Report of the Indian Hemp Drugs Commission, 1894-1895 - Volume VII
Year: 1894
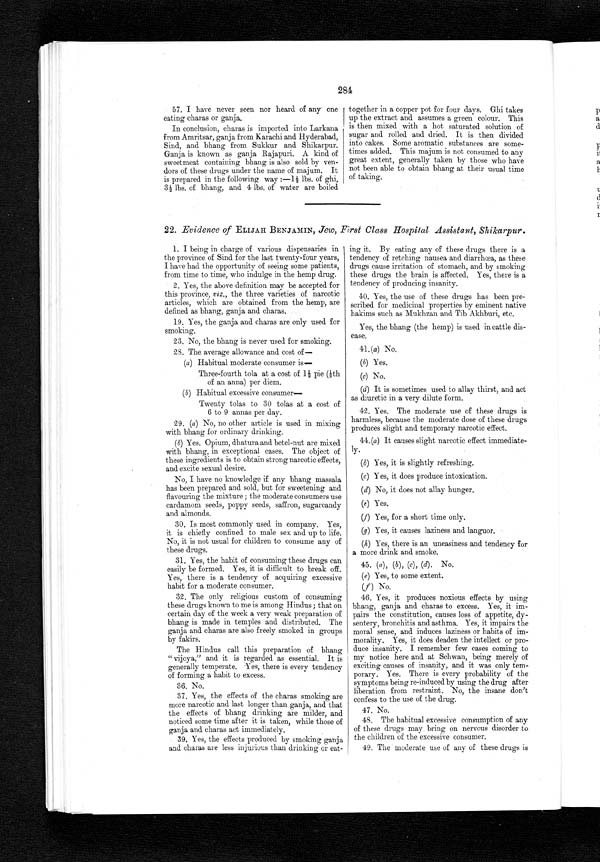
284
57. I have never seen nor heard of any' one
eating charas or ganja.
In conclusion, charas is imported into Larkana
from Amritsar, ganja from Karachi and Hyderabad,
Sind, and bhang from Sukkur and Shikarpur.
Ganja is known as ganja Rajapuri. A kind of
sweetmeat containing bhang is also sold by ven-
dors of these drugs under the name of majum. It
is prepared in the following way :—1½ lbs. of ghi,
3½ lbs. of bhang, and 4 lbs. of water are boiled
together in a copper pot for four days. Ghi takes
up the extract and assumes a green colour. This
is then mixed with a hot saturated solution of
sugar and rolled and dried. It is then divided
into cakes. Some aromatic substances are some-
times added. This majum is not consumed to any
great extent, generally taken by those who have
not been able to obtain bhang at their usual time
of taking.
22 . Evidence of ELIJAH BENJAMIN , Jew, First Class Hospital Assistant, Shikarpur.
1. I being in charge of various dispensaries in
the province of Sind for the last twenty-four years,
I have had the opportunity of seeing some patients,
from time to time, who indulge in the hemp drug.
2. Yes, the above definition may be accepted for
this province, viz., the three varieties of narcotic
articles, which are obtained from the hemp, are
defined as bhang, ganja and charas.
19. Yes, the ganja and charas are only used for
smoking.
23. No, the bhang is never used for smoking.
28. The average allowance and cost of
—
(a)Habitual moderate consumer is—
Three-fourth tola at a cost of 1 ½ pie (⅛th
of an anna) per diem.
(b) Habitual excessive consumer—
Twenty tolas to 30 tolas at a cost of
6 to 9 annas per day.
29. (a) No, no other article is used in mixing
with bhang for ordinary drinking.
( b) Yes. Opium, dhatura and betel-nut are mixed
with bhang in exceptional cases. The object of
these ingredients is to obtain strong narcotic effects,
and excite sexual desire.
No, I have no knowledge if any bhang massala
has been prepared and sold, but for sweetening and
flavouring the mixture; the moderate consumers use
cardamom seeds, poppy seeds, saffron, sugarcandy
and almonds.
30. Is most commonly used in company. Yes,
it is chiefly confined to male sex and up to life.
No, it is not usual for children to consume any of
these drugs.
31. Yes, the habit of consuming these drugs can
easily be formed. Yes, it is difficult to break off.
Yes, there is a tendency of acquiring excessive
habit for a moderate consumer.
32. The only religious custom of consuming
these drugs known to me is among Hindus; that on
certain day of the week a very weak preparation of
bhang is made in temples and distributed. The
ganja and charas are also freely smoked in groups
by fakirs.
The Hindus call this preparation of bhang
" vijoya," and it is regarded as essential. It is
generally temperate. Yes, there is every tendency
of forming a habit to excess.
36. No.
37. Yes, the effects of the charas smoking are
more narcotic and last longer than ganja, and that
the effects of bhang drinking are milder, and
noticed some time after it is taken, while those of
ganja and charas act immediately.
. 39. Yes, the effects produced by smoking ganja
and charas are less injurious than drinking or eat-
ing it. By eating any of these drugs there is a
tendency of retching nausea and diarrhœa, as these
drugs cause irritation of stomach, and by smoking
these drugs the brain is affected. Yes, there is a
tendency of producing insanity.
40. Yes, the use of these drugs has been pre-
scribed for medicinal properties by eminent native
hakims such as Mukhzan and Tib Akhburi, etc.
Yes, the bhang (the hemp) is used in cattle dis-
ease.
41.(a) No.
(b) Yes.
(c) No.
(d) It is sometimes used to allay thirst, and act
as diuretic in a very dilute form.
42. Yes. The moderate use of these drugs is
harmless, because the moderate dose of these drugs
produces slight and temporary narcotic effect.
44. (a) It causes slight narcotic effect immediate
-ly.
(b) Yes, it is slightly refreshing
.
(c) Yes, it does produce intoxication.
(d) No, it does not allay hunger.
(e) Yes.
(f) Yes, for a short time only.
(g) Yes, it causes laziness and languor.
(h) Yes, there is an uneasiness and tendency for
a more drink and smoke.
45. ( a) , ( b ) , (c) , (d) . No.
(e) Yes, to some extent.
(f ) No.
46. Yes, it produces noxious effects by using
bhang, ganja and charas to excess. Yes, it im-
pairs the constitution, causes loss of appetite, dy-
sentery, bronchitis and asthma. Yes, it impairs the
moral sense, and induces laziness or habits of im-
morality. Yes, it does deaden the intellect or pro-
duce insanity. I remember few cases coming to
my notice here and at Sehwan, being merely of
exciting causes of insanity, and it was only tem-
porary. Yes. There is every probability of the
symptoms being re-induced by using the drug after
liberation from restraint. No, the insane don't
confess to the use of the drug.
47. No.
48. The habitual excessive consumption of any
of these drugs may bring on nervous disorder to
the children of the excessive consumer.
49. The moderate use of any of these drugs is